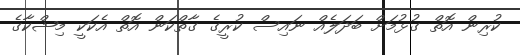
ކުރިން އޮތް ގުޅުމަށް ބަދަލެއް ނައިސް ކުރީގެ ގާތްކަން އޮތް އެކަކީ މިޝްކާގެ